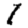
Digit: 1